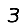
Digit: 3